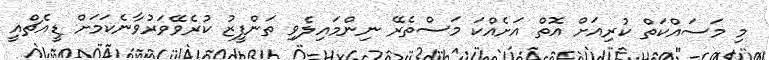
މި މަސައްކަތް ކުރިއަށް އޮތް އަށެއްކަ މަސްތެރޭ ނިންމައިލެވި ތަންފީޒު ކުރެވޭވަރުވާނެކަމަށް ޑީއެޗްއީ